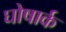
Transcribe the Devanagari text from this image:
घोषार्क